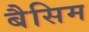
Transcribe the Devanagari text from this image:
बैसिम